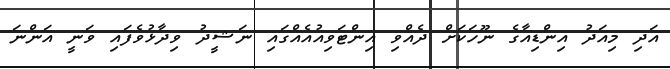
އަދި މިއަދު އިންޑިއާގެ ނޫހަކަށް ދެއްވި އިންޓަވިއުއެއްގައި ނަޝީދު ވިދާޅުވެފައި ވަނީ އަންނަ